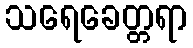
သရေခေတ္တရာ